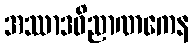
အဿာဒဝိညာဏကေန